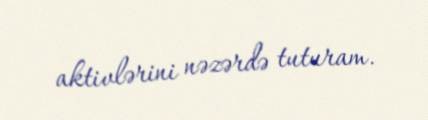
aktivlərini nəzərdə tuturam.